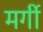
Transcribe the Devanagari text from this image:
मर्गी